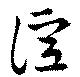
誼